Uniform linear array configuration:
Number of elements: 4
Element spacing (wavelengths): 0.75
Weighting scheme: hamming
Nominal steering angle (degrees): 45
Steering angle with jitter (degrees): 46.277
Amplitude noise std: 0.05
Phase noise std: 0.05

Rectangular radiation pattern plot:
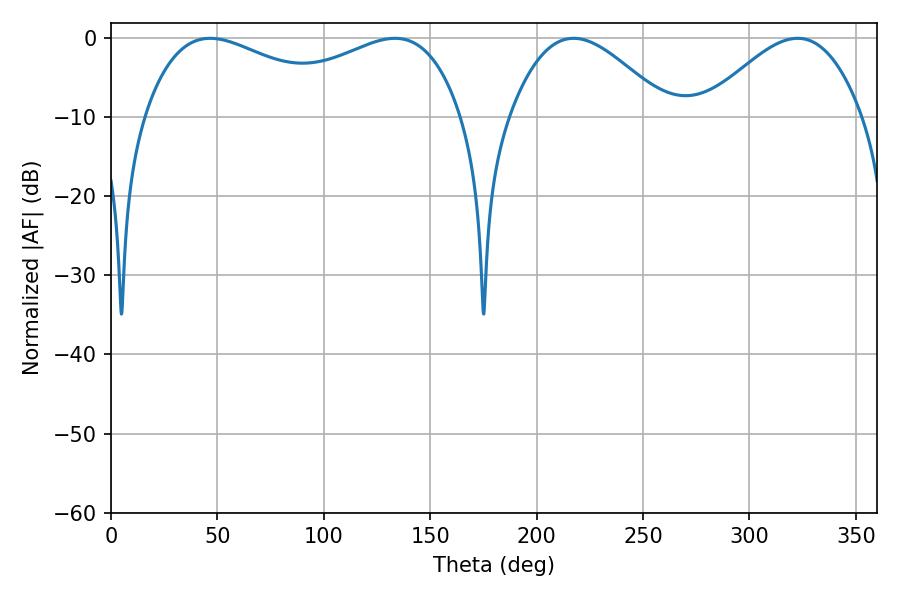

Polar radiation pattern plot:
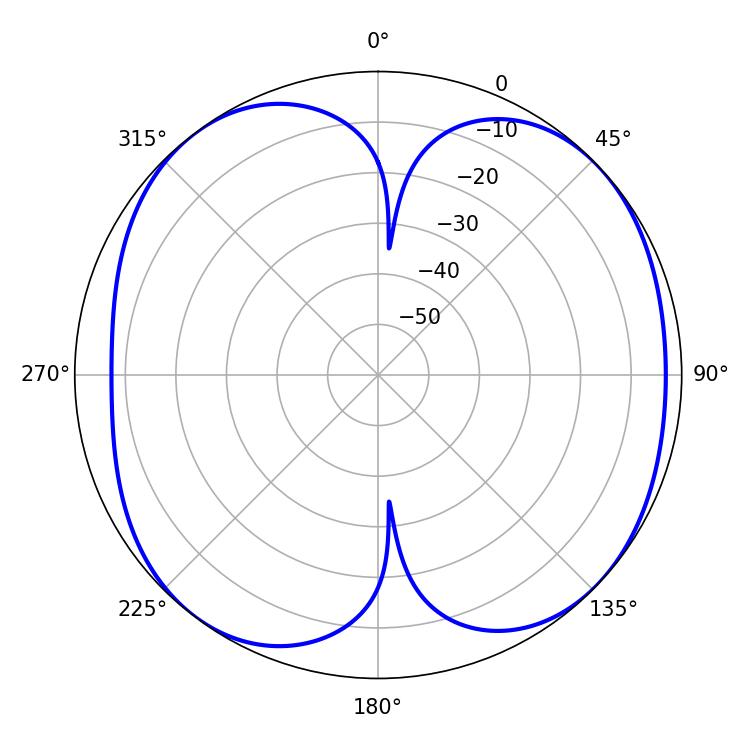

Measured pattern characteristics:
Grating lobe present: TRUE
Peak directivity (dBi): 8.08
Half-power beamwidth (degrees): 55.8
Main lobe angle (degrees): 46.62